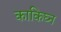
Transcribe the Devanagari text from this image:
काकिघ्न